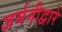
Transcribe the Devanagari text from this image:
जर्मनीद्वारे